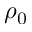
\rho _ { 0 }